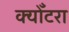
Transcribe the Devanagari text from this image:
क्योँटरा